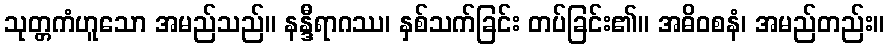
သုတ္တကံဟူသော အမည်သည်။ နန္ဒီရာဂဿ၊ နှစ်သက်ခြင်း တပ်ခြင်း၏။ အဓိဝစနံ၊ အမည်တည်း။